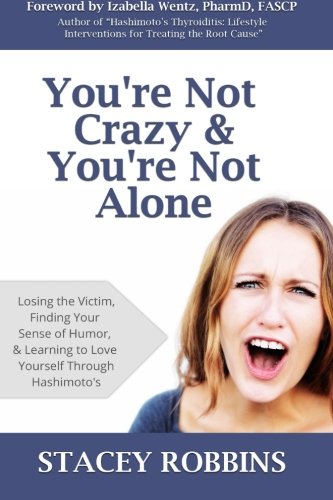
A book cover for You're Not Crazy And You're Not Alone: Losing the Victim, Finding Your Sense of Humor, and Learning to Love Yourself Through Hashimoto's; Stacey Robbins; Health, Fitness & Dieting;